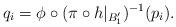
LaTeX: \begin{align*}q_i = \phi \circ (\pi \circ h|_{B_1^{\prime}})^{-1}(p_i).\end{align*}